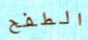
الطفح